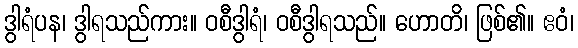
ဒွါရံပန၊ ဒွါရသည်ကား။ ဝစီဒွါရံ၊ ဝစီဒွါရသည်။ ဟောတိ၊ ဖြစ်၏။ ဧဝံ၊